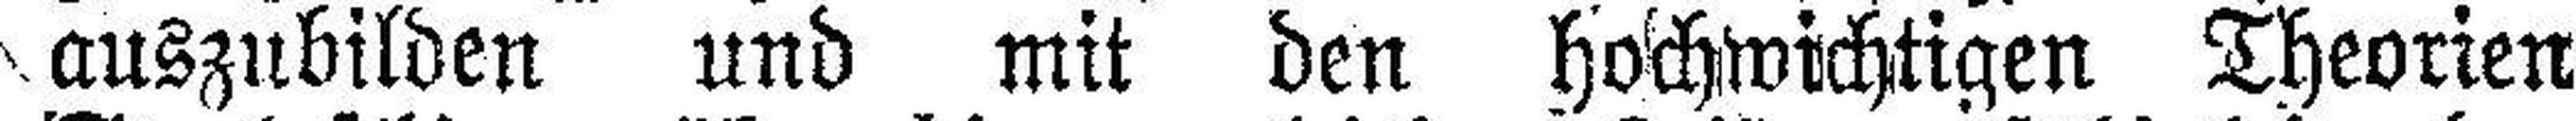
auszubilden und mit den hochwichtigen Theorien